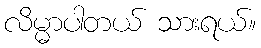
လိမ္မာပါတယ် သားရယ်။